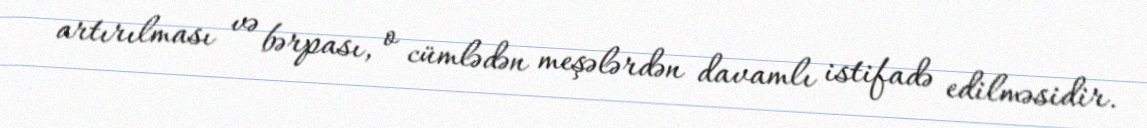
artırılması və bərpası, o cümlədən meşələrdən davamlı istifadə edilməsidir.